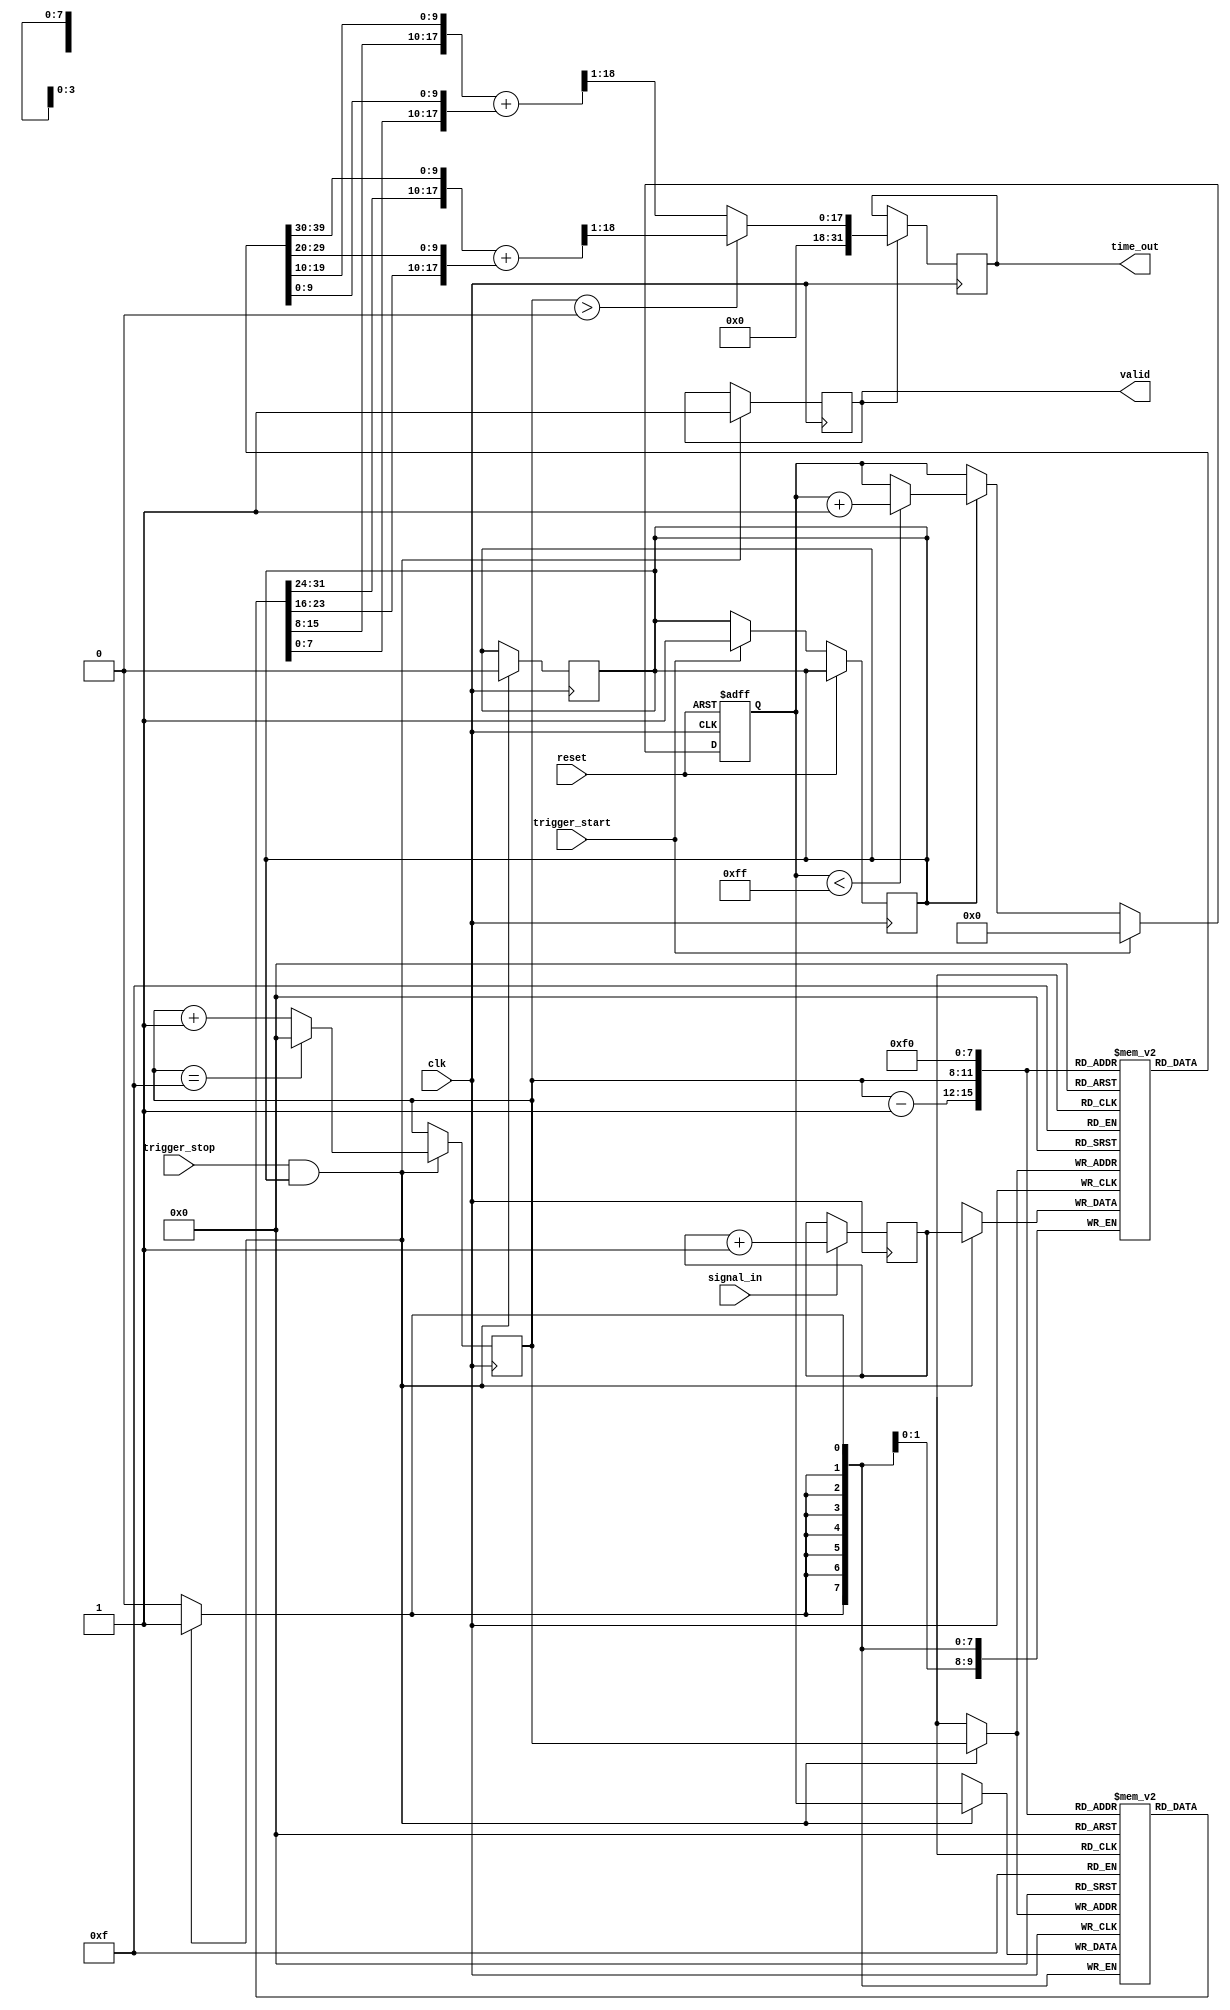
module TDC (
    input wire clk,                // System clock
    input wire reset,              // Reset signal
    input wire trigger_start,      // Trigger signal to start measurement
    input wire trigger_stop,       // Trigger signal to stop measurement
    input wire signal_in,          // Input signal to measure
    output reg [31:0] time_out,    // Digital output for measured time interval
    output reg valid               // Output valid signal
);

    // Parameters
    parameter COARSE_MAX = 255;    // Max value for coarse measurement
    parameter FINE_MAX = 1023;      // Max value for fine measurement
    parameter MEMORY_SIZE = 16;     // Size of memory blocks

    // Internal signals
    reg [7:0] coarse_time;          // Coarse time measurement
    reg [9:0] fine_time;            // Fine time measurement
    reg [7:0] memory_coarse [0:MEMORY_SIZE-1]; // Coarse time memory
    reg [9:0] memory_fine [0:MEMORY_SIZE-1];   // Fine time memory
    reg [3:0] write_index;          // Index for writing to memory
    reg measuring;                  // Flag for measurement state

    // Coarse time counter
    always @(posedge clk or posedge reset) begin
        if (reset) begin
            coarse_time <= 0;
        end else if (trigger_start) begin
            coarse_time <= 0; // Reset coarse time on start
            measuring <= 1;    // Start measuring
        end else if (measuring) begin
            if (coarse_time < COARSE_MAX) begin
                coarse_time <= coarse_time + 1; // Increment coarse time
            end
        end
    end

    // Fine time measurement
    always @(posedge clk) begin
        if (signal_in) begin
            fine_time <= fine_time + 1; // Increment fine time on signal edge
        end
    end

    // Memory storage
    always @(posedge clk) begin
        if (trigger_stop && measuring) begin
            memory_coarse[write_index] <= coarse_time; // Store coarse time
            memory_fine[write_index] <= fine_time;     // Store fine time
            write_index <= write_index + 1;            // Increment write index
            if (write_index == MEMORY_SIZE - 1) begin
                write_index <= 0; // Wrap around
            end
            measuring <= 0; // Stop measuring
            valid <= 1;     // Indicate valid output
        end
    end

    // Interpolation logic (simple linear interpolation)
    always @(posedge clk) begin
        if (valid) begin
            // Simple example: average of the last two measurements
            if (write_index > 0) begin
                time_out <= {memory_coarse[write_index-1], memory_fine[write_index-1]} +
                             {memory_coarse[write_index], memory_fine[write_index]} >> 1;
            end else begin
                time_out <= {memory_coarse[MEMORY_SIZE-1], memory_fine[MEMORY_SIZE-1]} +
                             {memory_coarse[0], memory_fine[0]} >> 1;
            end
        end
    end

endmodule